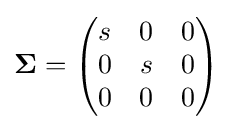
\mathbf {\Sigma } ={\begin{pmatrix}s&0&0\\0&s&0\\0&0&0\end{pmatrix}}